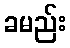
ခမည်း